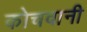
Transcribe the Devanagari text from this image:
कोचवानी